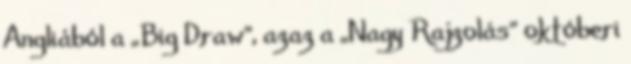
Angliából a „Big Draw”, azaz a „Nagy Rajzolás” októberi